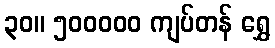
၃၀။ ၅၀၀၀၀၀ ကျပ်တန် ရွှေ